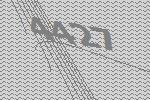
4427